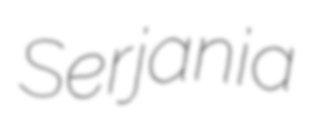
Serjania